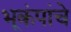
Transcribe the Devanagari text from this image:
भूकंपांचे